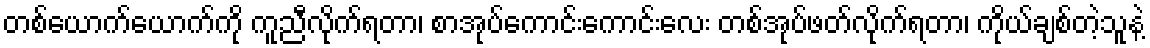
တစ်ယောက်ယောက်ကို ကူညီလိုက်ရတာ၊ စာအုပ်ကောင်းကောင်းလေး တစ်အုပ်ဖတ်လိုက်ရတာ၊ ကိုယ်ချစ်တဲ့သူနဲ့